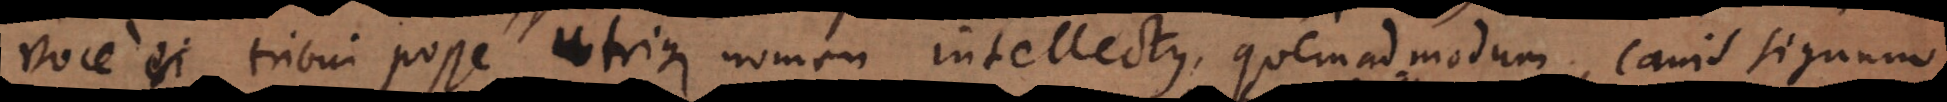
ce tribui posse utrique nomen intellectus, quemadmodum canis signum